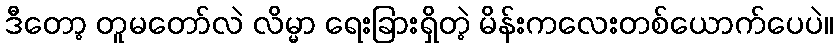
ဒီတော့ တူမတော်လဲ လိမ္မာ ရေးခြားရှိတဲ့ မိန်းကလေးတစ်ယောက်ပေပဲ။